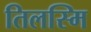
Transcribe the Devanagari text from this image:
तिलस्मि